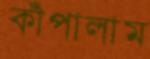
কাঁপালাম